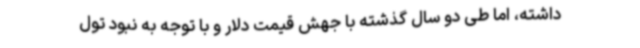
داشته، اما طی دو سال گذشته با جهش قیمت دلار و با توجه به نبود تول